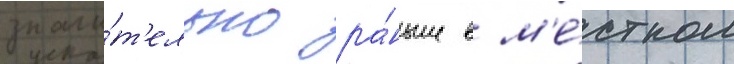
значи́т'ельно ра́ньше в м'е́стном